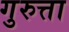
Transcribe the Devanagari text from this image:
गुरुत्ता